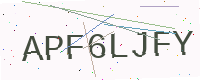
Text: APF6LJFY